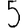
Digit: 5